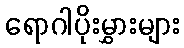
ရောဂါပိုးမွှားများ